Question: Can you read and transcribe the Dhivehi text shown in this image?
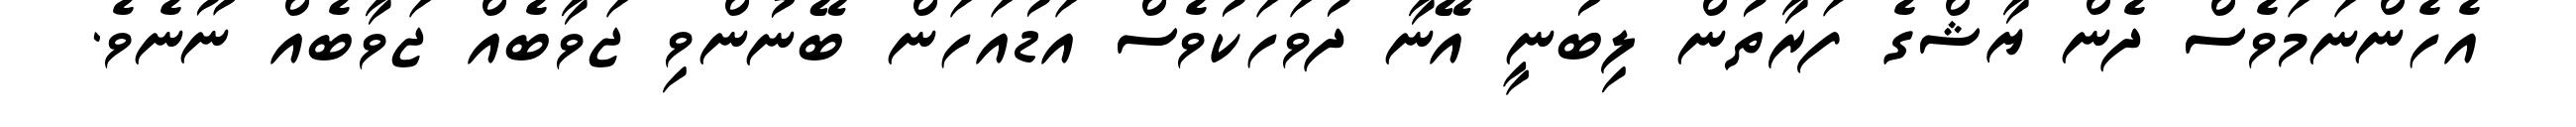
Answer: އެހެންނަމަވެސް ދެން ޔާޝްގެ ފަރާތުން ލިބުނީ އޭނާ ދުވަހަކުވެސް އަޑުއަހަން ބޭނުންވި ޖަވާބެއް ޖަވާބެއް ނޫނެވެ.